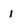
Character: i